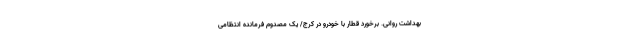
بهداشت روانی. برخورد قطار با خودرو در کرج/ یک مصدوم فرمانده انتظامی